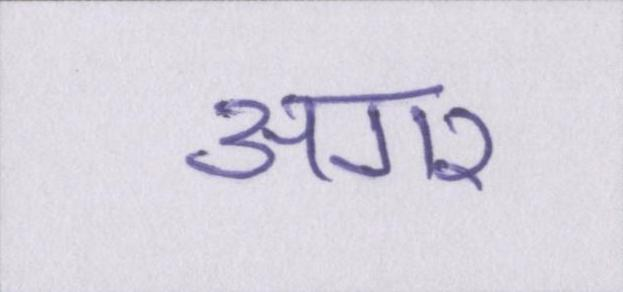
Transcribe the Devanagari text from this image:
अगर